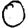
Digit: 0